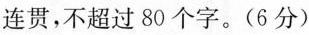
连贯，不超过80个字。(6分)